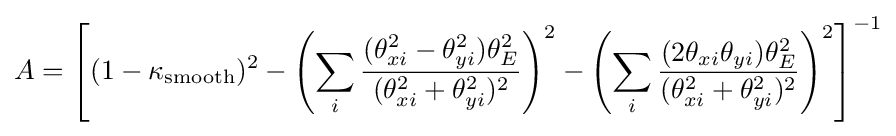
A=\left[(1-\kappa _{\rm {smooth}})^{2}-\left(\sum _{i}{(\theta _{xi}^{2}-\theta _{yi}^{2})\theta _{E}^{2} \over (\theta _{xi}^{2}+\theta _{yi}^{2})^{2}}\right)^{2}-\left(\sum _{i}{(2\theta _{xi}\theta _{yi})\theta _{E}^{2} \over (\theta _{xi}^{2}+\theta _{yi}^{2})^{2}}\right)^{2}\right]^{-1}